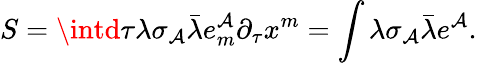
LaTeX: S=\intd\tau\lambda\sigma_{\mathcal{A}}\bar{{\lambda}}e_{m}^{\mathcal{A}}\partial_{\tau}x^{m}=\int\lambda\sigma_{\mathcal{A}}\bar{{\lambda}}e^{\mathcal{A}}.